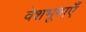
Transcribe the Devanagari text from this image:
वेशभूषाएँ